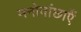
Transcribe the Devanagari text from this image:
मनोवांछाएँ